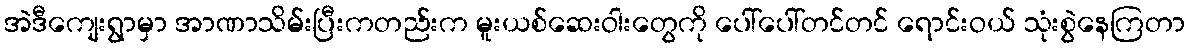
အဲဒီကျေးရွာမှာ အာဏာသိမ်းပြီးကတည်းက မူးယစ်ဆေးဝါးတွေကို ပေါ်ပေါ်တင်တင် ရောင်းဝယ် သုံးစွဲနေကြတာ